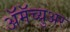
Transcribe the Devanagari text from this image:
ॲमॅच्युअर